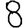
Digit: 8